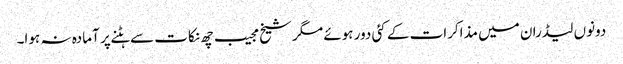
دونوں لیڈران میں مذاکرات کے کئی دور ہوئے مگر شیخ مجیب چھ نکات سے ہٹنے پر آمادہ نہ ہوا۔